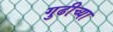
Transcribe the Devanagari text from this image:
गुढीच्या